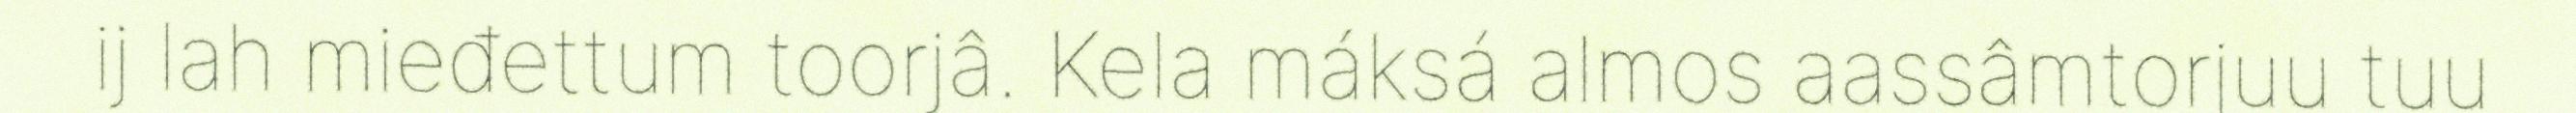
ij lah mieđettum toorjâ. Kela máksá almos aassâmtorjuu tuu